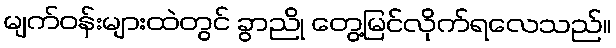
မျက်ဝန်းများထဲတွင် ခွာညို တွေ့မြင်လိုက်ရလေသည်။